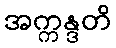
အက္ကန္ဒတိ